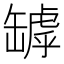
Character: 罅